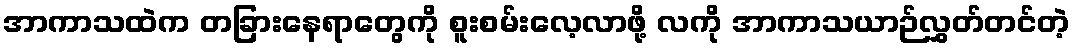
အာကာသထဲက တခြားနေရာတွေကို စူးစမ်းလေ့လာဖို့ လကို အာကာသယာဉ်လွှတ်တင်တဲ့